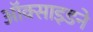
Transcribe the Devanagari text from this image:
ऑक्साइडने